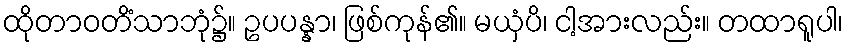
ထိုတာဝတိံသာဘုံ၌။ ဥပပန္နာ၊ ဖြစ်ကုန်၏။ မယှံပိ၊ ငါ့အားလည်း။ တထာရူပါ၊